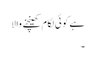
ہے کوئی لگام کھینچنے والا
۔